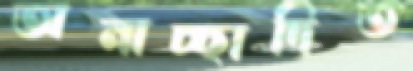
অনাচ্ছাদিত